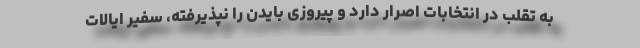
به تقلب در انتخابات اصرار دارد و پیروزی بایدن را نپذیرفته، سفیر ایالات